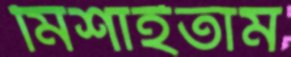
মিশাইতাম